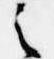
之